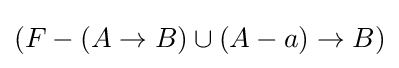
(F-(A\rightarrow B)\cup {(A-a)\rightarrow B})